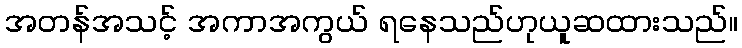
အတန်အသင့် အကာအကွယ် ရနေသည်ဟုယူဆထားသည်။